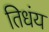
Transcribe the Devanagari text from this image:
तिधंय